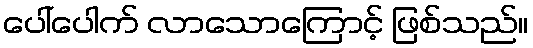
ပေါ်ပေါက် လာသောကြောင့် ဖြစ်သည်။